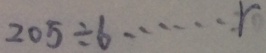
2 0 5 \div 6 \cdots r